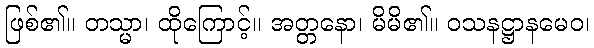
ဖြစ်၏။ တသ္မာ၊ ထိုကြောင့်။ အတ္တနော၊ မိမိ၏။ ဝသနဋ္ဌာနမေဝ၊